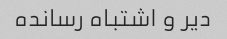
دیر و اشتباه رسانده